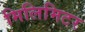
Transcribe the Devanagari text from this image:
मिलिमिटर